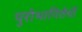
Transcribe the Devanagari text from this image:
पुरोभागितेची